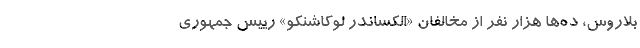
بلاروس، ده‌ها هزار نفر از مخالفان «الکساندر لوکاشنکو» رییس جمهوری